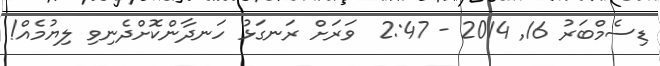
ޑިސެމްބަރު 16